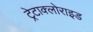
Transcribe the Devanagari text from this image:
ट्रेटाक्लोराइड